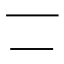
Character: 𠄟